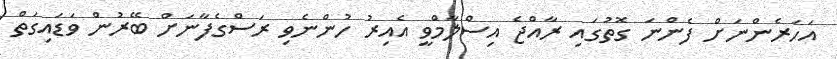
އަހަރެންނަށް ފެންނަ ގޮތުގައި ރާއްޖެ އިސްލާމްވީ އެއިރު ހުންނެވި ރަސްގެފާނަށް ބޭރުން ވަޑައިގަތް